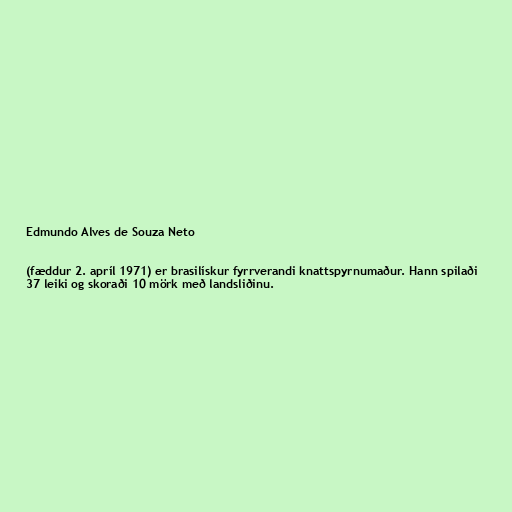
Edmundo Alves de Souza Neto

(fæddur 2. apríl 1971) er brasilískur fyrrverandi knattspyrnumaður. Hann spilaði
37 leiki og skoraði 10 mörk með landsliðinu.